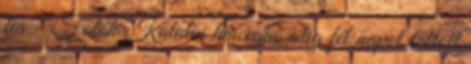
fia - Fotók Katalin hercegnő alig fél napot töltött